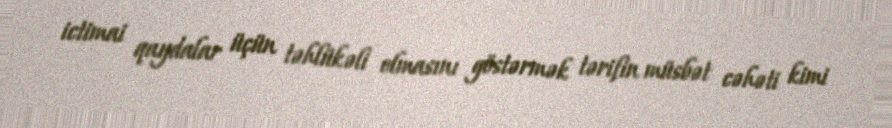
ictimai qaydalar üçün təhlükəli olmasını göstərmək tərifin müsbət cəhəti kimi